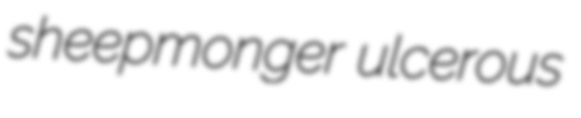
sheepmonger ulcerous